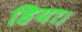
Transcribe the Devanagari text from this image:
हिया।